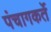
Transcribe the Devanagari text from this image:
पंचागकर्ते